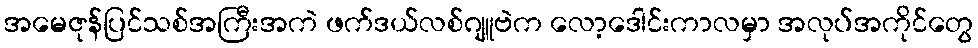
အမေဇုန်ပြင်သစ်အကြီးအကဲ ဖက်ဒယ်လစ်ဂျူဗဲက လော့ဒေါင်းကာလမှာ အလုပ်အကိုင်တွေ